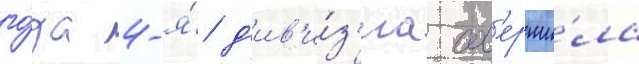
го́да 4-я́ д'ив'и́з'иа сов'ерши́ла